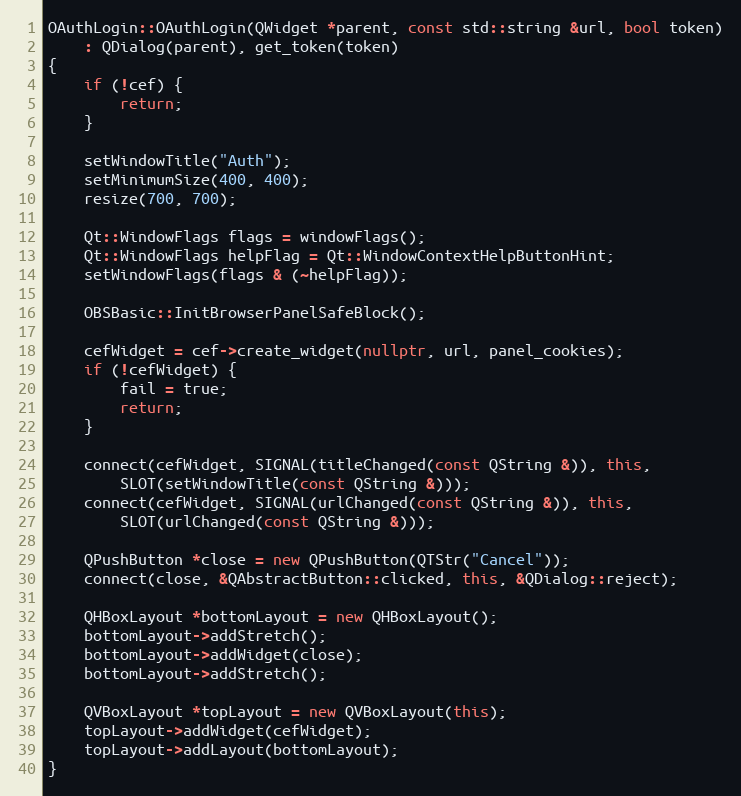
Language: C++
OAuthLogin::OAuthLogin(QWidget *parent, const std::string &url, bool token)
	: QDialog(parent), get_token(token)
{
	if (!cef) {
		return;
	}

	setWindowTitle("Auth");
	setMinimumSize(400, 400);
	resize(700, 700);

	Qt::WindowFlags flags = windowFlags();
	Qt::WindowFlags helpFlag = Qt::WindowContextHelpButtonHint;
	setWindowFlags(flags & (~helpFlag));

	OBSBasic::InitBrowserPanelSafeBlock();

	cefWidget = cef->create_widget(nullptr, url, panel_cookies);
	if (!cefWidget) {
		fail = true;
		return;
	}

	connect(cefWidget, SIGNAL(titleChanged(const QString &)), this,
		SLOT(setWindowTitle(const QString &)));
	connect(cefWidget, SIGNAL(urlChanged(const QString &)), this,
		SLOT(urlChanged(const QString &)));

	QPushButton *close = new QPushButton(QTStr("Cancel"));
	connect(close, &QAbstractButton::clicked, this, &QDialog::reject);

	QHBoxLayout *bottomLayout = new QHBoxLayout();
	bottomLayout->addStretch();
	bottomLayout->addWidget(close);
	bottomLayout->addStretch();

	QVBoxLayout *topLayout = new QVBoxLayout(this);
	topLayout->addWidget(cefWidget);
	topLayout->addLayout(bottomLayout);
}